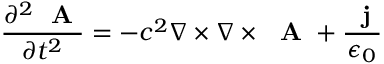
\frac { \partial ^ { 2 } \mathrm { ~ \bf ~ A ~ } } { \partial t ^ { 2 } } = - c ^ { 2 } \nabla \times \nabla \times \mathrm { ~ \bf ~ A ~ } + \frac { \mathrm { ~ \bf ~ j ~ } } { \epsilon _ { 0 } }